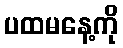
ပထမနေ့ကို